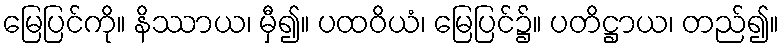
မြေပြင်ကို။ နိဿာယ၊ မှီ၍။ ပထဝိယံ၊ မြေပြင်၌။ ပတိဋ္ဌာယ၊ တည်၍။